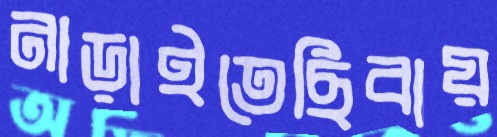
নাড়াইতেছিবায়